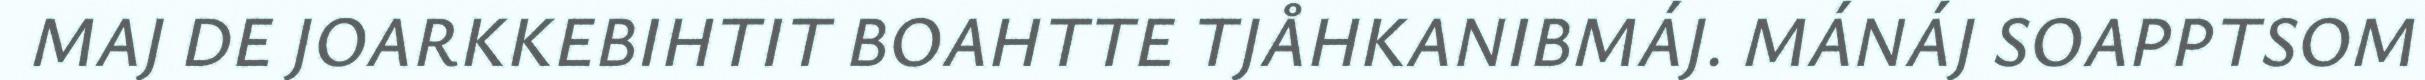
MAJ DE JOARKKEBIHTIT BOAHTTE TJÅHKANIBMÁJ. MÁNÁJ SOAPPTSOM